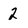
Character: 2